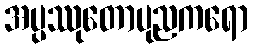
အပ္ပဿုတောပုညကရော